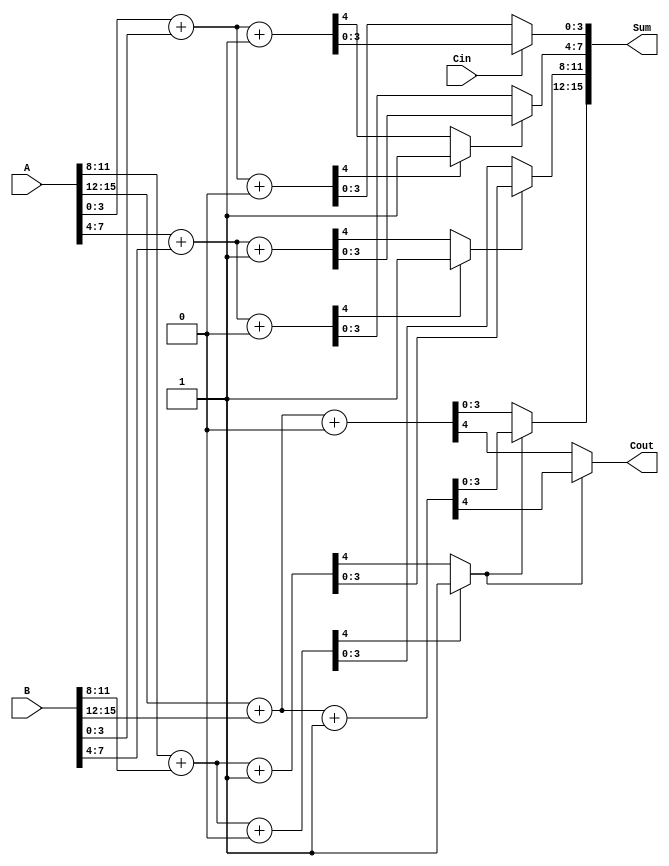
module DynamicCarrySelectAdder #(parameter N = 16, // Total bit width
                                  parameter M = 4)  // Block size
(
    input [N-1:0] A,      // First operand
    input [N-1:0] B,      // Second operand
    input Cin,            // Carry-in
    output [N-1:0] Sum,   // Sum output
    output Cout           // Carry-out
);

    localparam NUM_BLOCKS = N / M; // Number of blocks
    wire [M-1:0] sum0 [0:NUM_BLOCKS-1]; // Sum when carry-in is 0
    wire [M-1:0] sum1 [0:NUM_BLOCKS-1]; // Sum when carry-in is 1
    wire carry0 [0:NUM_BLOCKS-1]; // Carry-out when carry-in is 0
    wire carry1 [0:NUM_BLOCKS-1]; // Carry-out when carry-in is 1
    wire [NUM_BLOCKS-1:0] carry_select; // Carry selection for each block

    // Generate sums and carries for each block
    genvar i;
    generate
        for (i = 0; i < NUM_BLOCKS; i = i + 1) begin : block
            wire [M-1:0] A_block = A[M*i +: M];
            wire [M-1:0] B_block = B[M*i +: M];

            // Compute sum and carry for carry-in = 0
            assign {carry0[i], sum0[i]} = A_block + B_block + 1'b0;

            // Compute sum and carry for carry-in = 1
            assign {carry1[i], sum1[i]} = A_block + B_block + 1'b1;

            // Select carry for the next block
            if (i == 0) begin
                assign carry_select[i] = Cin; // First block uses Cin directly
            end else begin
                assign carry_select[i] = carry0[i-1] ? 1'b1 : carry1[i-1];
            end
        end
    endgenerate

    // Final sum and carry-out selection
    generate
        for (i = 0; i < NUM_BLOCKS; i = i + 1) begin : final_sum
            assign Sum[M*i +: M] = carry_select[i] ? sum1[i] : sum0[i];
        end
    endgenerate

    // Final carry-out
    assign Cout = carry_select[NUM_BLOCKS-1] ? carry1[NUM_BLOCKS-1] : carry0[NUM_BLOCKS-1];

endmodule